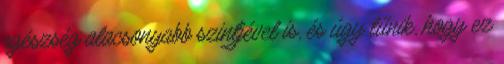
egészség alacsonyabb szintjével is, és úgy tűnik, hogy ez